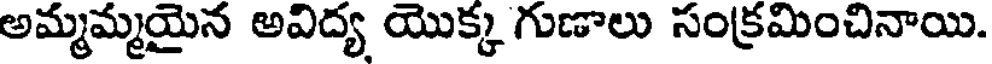
అమ్మమ్మయైన అవిద్య యొక్క గుణాలు సంక్రమించినాయి.